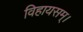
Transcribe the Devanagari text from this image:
विहायसम्।